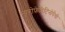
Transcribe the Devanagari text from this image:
न्यूरोफ़ेरिटिनोपैथी